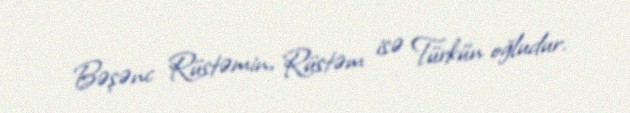
Bəşənc Rüstəmin, Rüstəm isə Türkün oğludur.